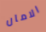
الامان